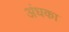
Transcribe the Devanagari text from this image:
अंधका